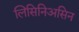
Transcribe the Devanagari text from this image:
लिसिनिअसिन